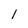
Character: l